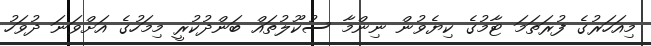
މިއަހަރުގެ ފުރަތަމަ ޓާމުގެ ކިޔެވުން ނިންމާ ސުކޫލުތައް ބަންދުކުރީ މިމަހުގެ އަށްވަނަ ދުވަހު